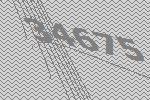
34675